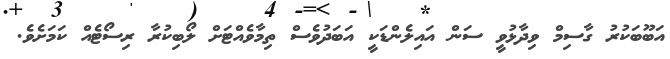
އަބޫބަކުރު ގާސިމް ވިދާޅުވީ ސަން އައިލެންޑަކީ އަބަދުވެސް ތިމާވެއްޓަށް ލޯބިކުރާ ރިސޯޓެއް ކަމަށެވެ.